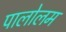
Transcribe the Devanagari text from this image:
पालोलम